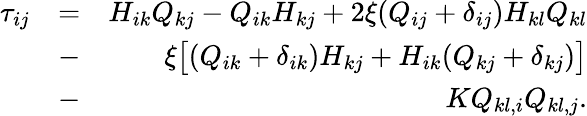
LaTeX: \begin{array}{rlr}{\tau_{ij}}&{=}&{H_{ik}Q_{kj}-Q_{ik}H_{kj}+2\xi(Q_{ij}+\delta_{ij})H_{kl}Q_{kl}}\\ &{-}&{\xi\big[(Q_{ik}+\delta_{ik})H_{kj}+H_{ik}(Q_{kj}+\delta_{kj})\big]}\\ &{-}&{KQ_{kl,i}Q_{kl,j}.}\end{array}